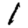
Digit: 1